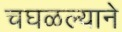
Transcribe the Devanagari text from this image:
चघळल्याने